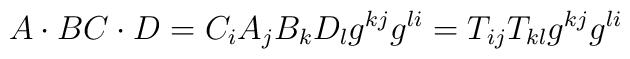
A\cdot B C\cdot D = C_iA_jB_kD_l g^{kj}g^{li} = T_{ij}T_{kl}g^{kj}g^{li}